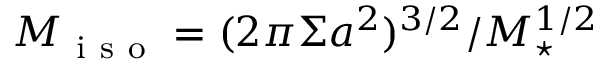
M _ { \mathrm { ~ i ~ s ~ o ~ } } = ( 2 \pi \Sigma a ^ { 2 } ) ^ { 3 / 2 } / M _ { \star } ^ { 1 / 2 }